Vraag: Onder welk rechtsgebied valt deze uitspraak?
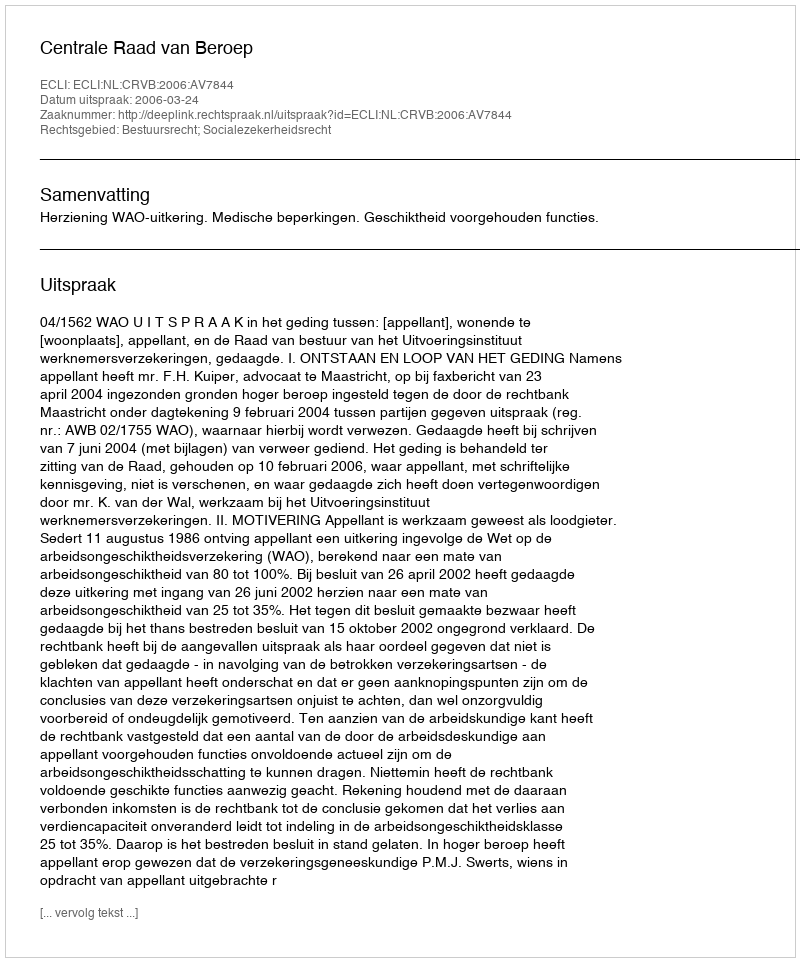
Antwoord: Bestuursrecht; Socialezekerheidsrecht